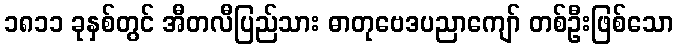
၁၈၁၁ ခုနှစ်တွင် အီတလီပြည်သား ဓာတုဗေဒပညာကျော် တစ်ဦးဖြစ်သော